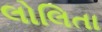
લોલિતા